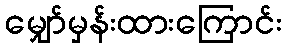
မျှော်မှန်းထားကြောင်း